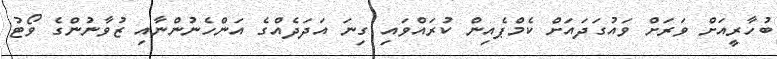
ބުހާރީއަށް ވަރަށް ވައުގަދައަށް ކެމްޕެއިން ކުރައްވައި ގިނަ އަދަދެއްގެ އަންހެނުންނާއި ޒުވާނުންގެ ވޯޓު